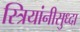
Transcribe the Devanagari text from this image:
स्त्रियांनीसुध्दा